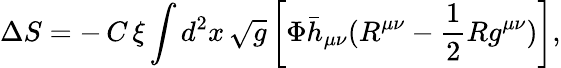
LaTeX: \Delta S=-\, C\, \xi\int d^{2}x\, \sqrt{g}\left[\Phi\bar{h}_{\mu\nu}(R^{\mu\nu}-\frac{1}{2}Rg^{\mu\nu})\right],